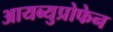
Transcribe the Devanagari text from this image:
आयब्युप्रोफेन